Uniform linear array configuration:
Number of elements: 16
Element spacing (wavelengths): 1
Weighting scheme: cosine
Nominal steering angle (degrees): -30
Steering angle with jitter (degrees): -29.008
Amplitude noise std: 0.05
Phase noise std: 0.05

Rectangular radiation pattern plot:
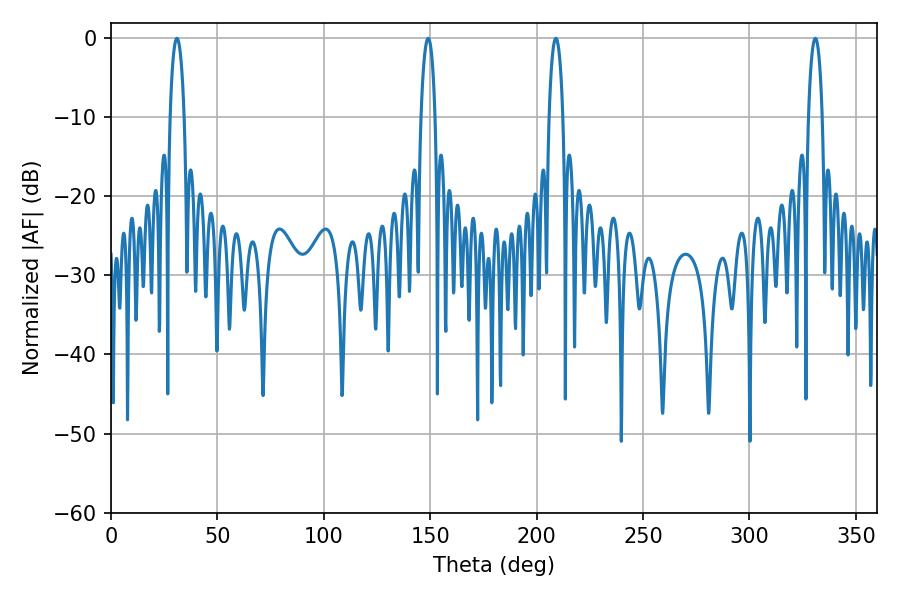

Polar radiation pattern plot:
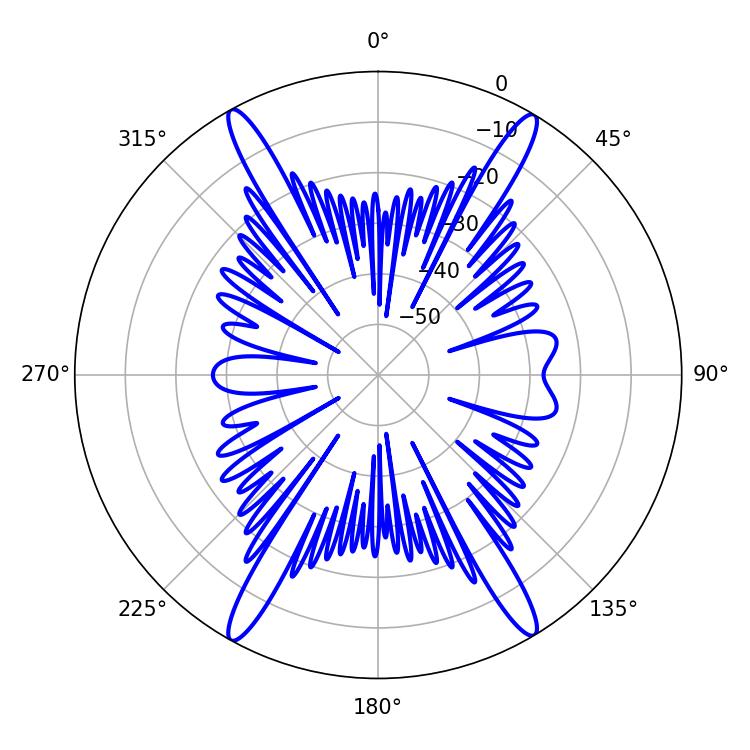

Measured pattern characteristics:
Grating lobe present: TRUE
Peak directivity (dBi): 25.134
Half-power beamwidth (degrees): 3.78
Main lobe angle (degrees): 30.96